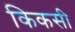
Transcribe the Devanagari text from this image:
किकसी